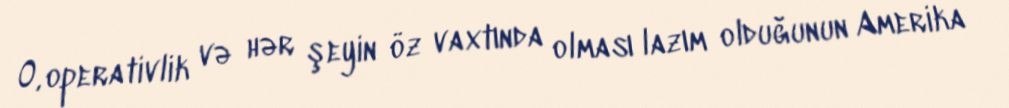
O, operativlik və hər şeyin öz vaxtında olması lazım olduğunun Amerika